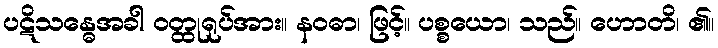
ပဋိသန္ဓေအခါ ဝတ္ထုရုပ်အား။ နဝဓာ၊ ဖြင့်။ ပစ္စယော၊ သည်။ ဟောတိ၊ ၏။